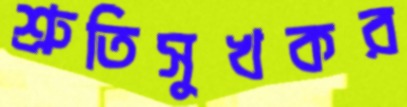
শ্রুতিসুখকর